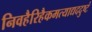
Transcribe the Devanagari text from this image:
निवहैरिहैकमत्याद्यददुष्टं